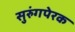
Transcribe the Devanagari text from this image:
सुरुंगपेरक